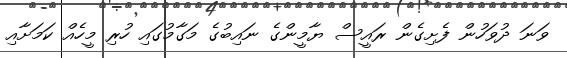
ވަނަ ދުވަހުން ފެށިގެން ރައީސް ޔާމީންގެ ނައިބުގެ މަގާމުގައި ހުރި މީހެއް ކަމަށާއި